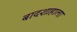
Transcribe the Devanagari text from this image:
बादशाहाला